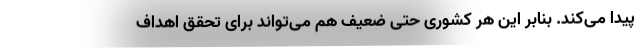
پیدا می‌کند. بنابر این هر کشوری حتی ضعیف هم می‌تواند برای تحقق اهداف